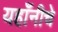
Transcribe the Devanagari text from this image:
यहाँनीचे